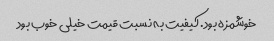
خوشمزه بود. کیفیت به نسبت قیمت خیلى خوب بود